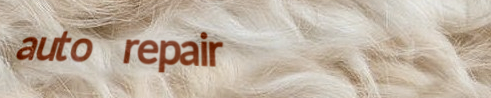
auto repair